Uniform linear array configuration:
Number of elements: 16
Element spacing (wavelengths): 0.75
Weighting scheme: exponential
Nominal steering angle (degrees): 0
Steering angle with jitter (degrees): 0.02769
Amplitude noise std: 0.05
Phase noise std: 0.05

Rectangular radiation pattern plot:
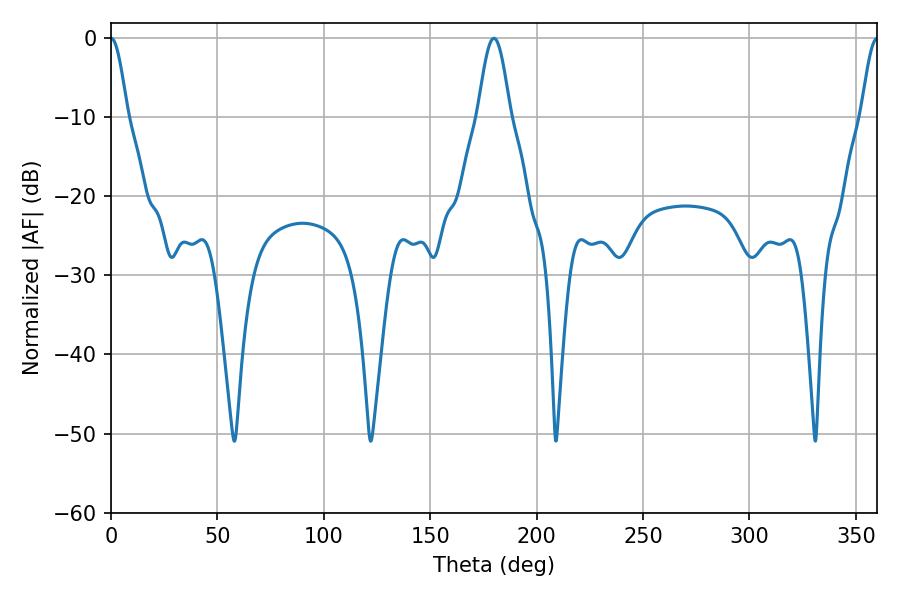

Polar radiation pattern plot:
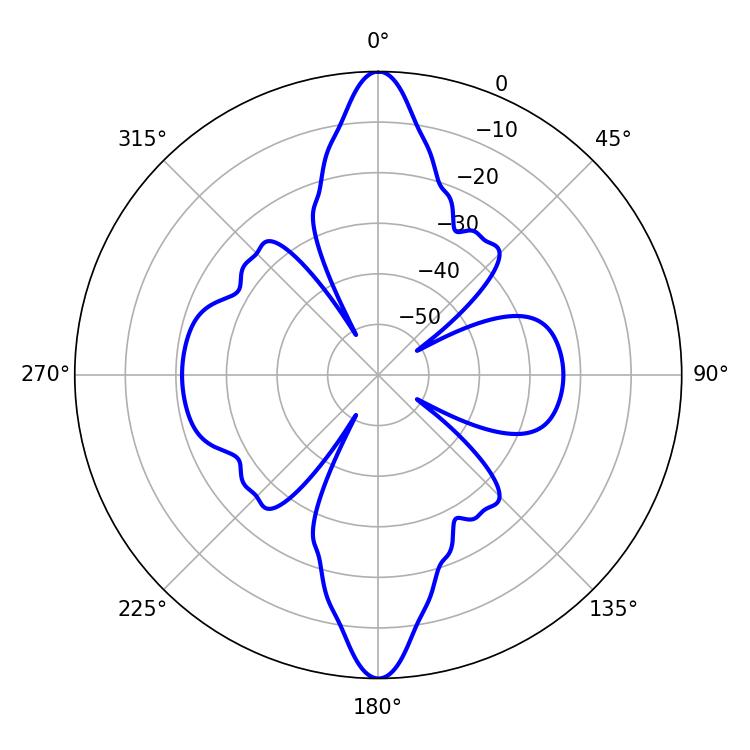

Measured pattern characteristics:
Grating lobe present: TRUE
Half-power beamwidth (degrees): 4.14
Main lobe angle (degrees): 0